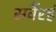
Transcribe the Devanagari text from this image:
सर्वैरहं